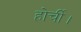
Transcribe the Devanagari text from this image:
होर्ची।